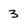
Character: 3